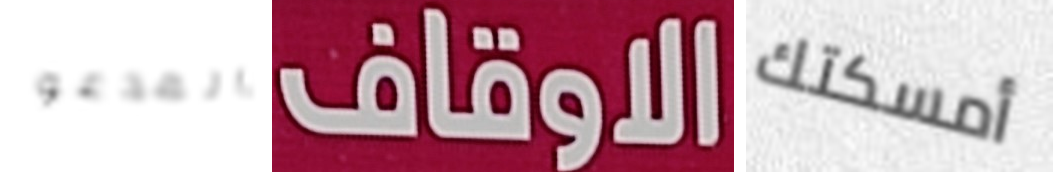
المدعو الاوقاف أمسكتك